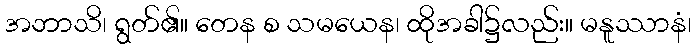
အဘာသိ၊ ရွတ်၏။ တေန စ သမယေန၊ ထိုအခါ၌လည်း။ မနူဿာနံ၊